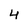
Character: 4